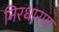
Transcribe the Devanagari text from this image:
निरधारण